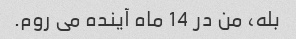
بله، من در 14 ماه آینده می روم.